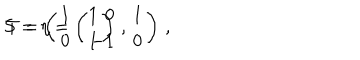
LaTeX: S = \eta = \left( \begin{array} { r c } { { 0 } } & { { 1 } } \\ { { - 1 } } & { { 0 } } \\ \end{array} \right) \, , \hspace { 1 c m } T = \left( \begin{array} { c c } { { 1 } } & { { 1 } } \\ { { 0 } } & { { 1 } } \\ \end{array} \right) \, ,